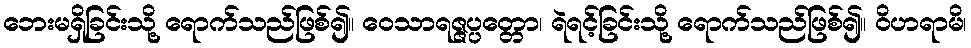
ဘေးမရှိခြင်းသို့ ရောက်သည်ဖြစ်၍။ ဝေသာရဇ္ဇပ္ပတ္တော၊ ရဲရင့်ခြင်းသို့ ရောက်သည်ဖြစ်၍။ ဝိဟရာမိ၊